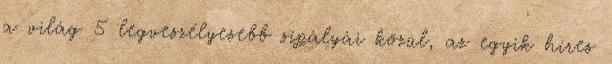
a világ 5 legveszélyesebb sípályái közül, az egyik híres